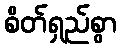
စိတ်ရှည်စွာ